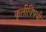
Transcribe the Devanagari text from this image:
कृतीविषयी